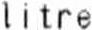
LITRE